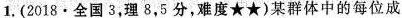
1.(2018·全国3，理8，5分，难度★★)某群体中的每位成